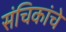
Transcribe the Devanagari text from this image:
संचिकांचे